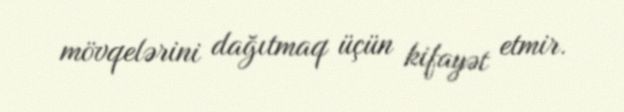
mövqelərini dağıtmaq üçün kifayət etmir.